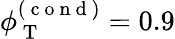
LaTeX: \phi_{\mathrm{~T~}}^{(\mathrm{~c~o~n~d~})}=0.9